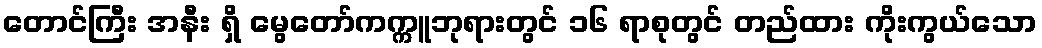
တောင်ကြီး အနီး ရှိ မွေတော်ကက္ကူဘုရားတွင် ၁၆ ရာစုတွင် တည်ထား ကိုးကွယ်သော